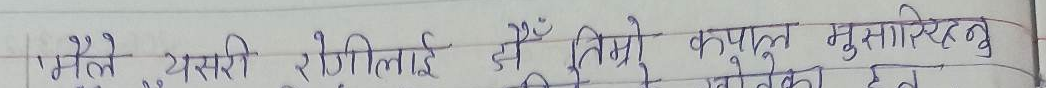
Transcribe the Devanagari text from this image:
मैले यसरी रजिष्ट्रार ले निम्तो कपुत् मुसामिदुनु को पठायो छ